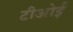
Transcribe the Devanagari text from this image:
टीओई